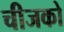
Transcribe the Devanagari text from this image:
चीजको